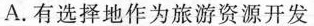
A.有选择地作为旅游资源开发